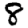
Digit: 8